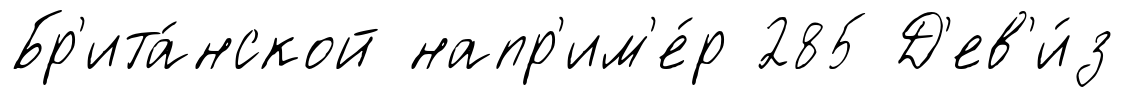
Бр'ита́нской напр'им'е́р 285 Д'ев'и́з